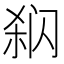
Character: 𰿳